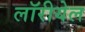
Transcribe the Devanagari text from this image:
लॉरीयेल